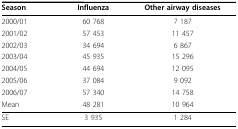
| Season | Influenza | Other airway diseases |
 | --- | --- | --- |
 | 2000/01 | 60 768 | 7 187 |
 | 2001/02 | 57 453 | 11 457 |
 | 2002/03 | 34 694 | 6 867 |
 | 2003/04 | 45 935 | 15 296 |
 | 2004/05 | 44 694 | 12 095 |
 | 2005/06 | 37 084 | 9 092 |
 | 2006/07 | 57 340 | 14 758 |
 | Mean | 48 281 | 10 964 |
 | SE | 3 935 | 1 284 |